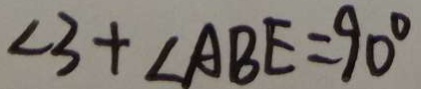
\angle 3 + \angle A B E = 9 0 ^ { \circ }